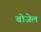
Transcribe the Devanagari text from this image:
बोजेल